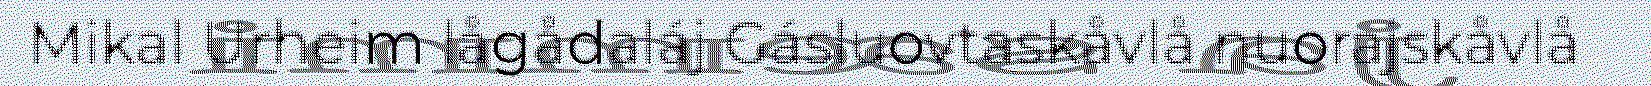
Mikal Urheim lågådaláj Gásluovtaskåvlå nuorajskåvlå